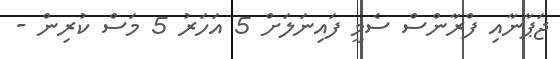
ޖަޕާނާއި ފްރާންސް ސެމީ ފައިނަލަށް 5 އަހަރު 5 މަސް ކުރިން -